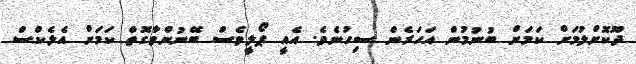
ދޫކޮށްލުމަށް ކަމަށް ބުނުމުން އަހަރެން ސިހުނެވެ. އެއީ ޕޯލީވެސް ބޭނުންވާގޮތް ކަމަށް އެލެކްސް